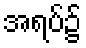
အရပ်၌